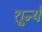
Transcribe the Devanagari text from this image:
शून्ये